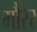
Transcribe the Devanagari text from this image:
मौरेर